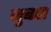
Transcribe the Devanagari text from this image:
जुबहा